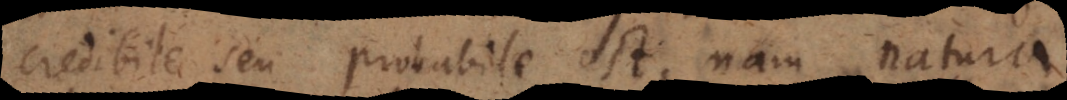
credibile seu probabile est, nam natura